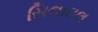
સિલાઇલ